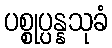
ပစ္စုပ္ပန္နသုခံ